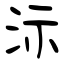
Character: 沶